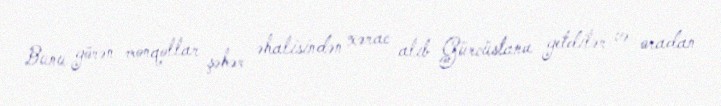
Bunu görən monqollar şəhər əhalisindən xərac alıb Gürcüstana getdilər və oradan